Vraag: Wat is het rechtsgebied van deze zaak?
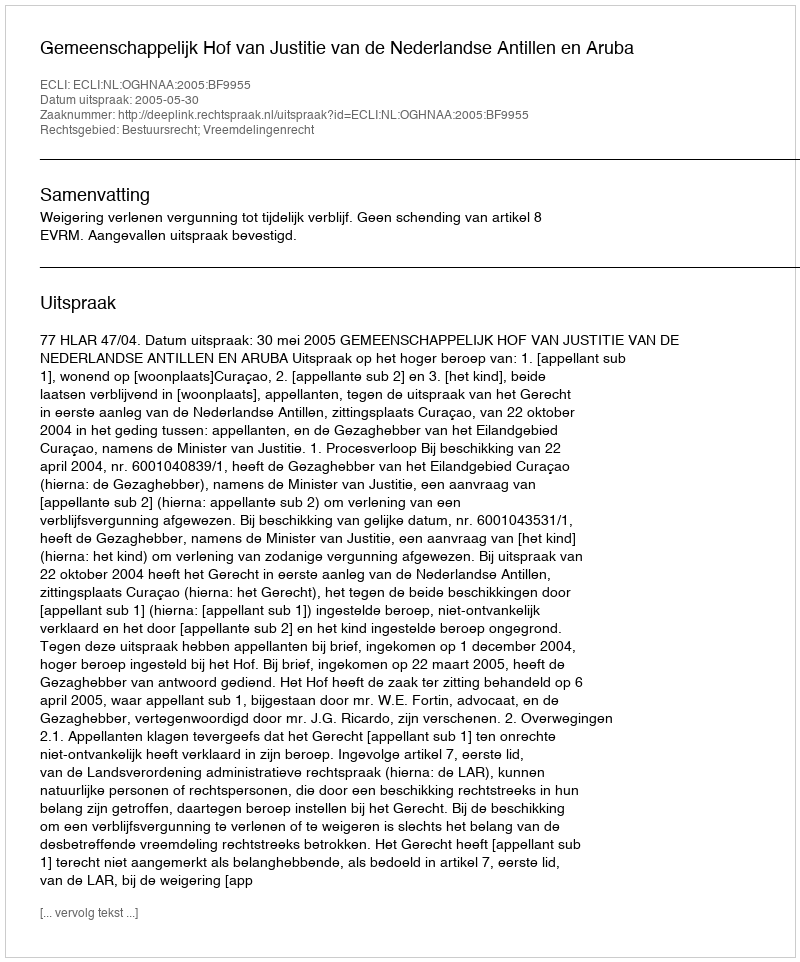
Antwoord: Bestuursrecht; Vreemdelingenrecht